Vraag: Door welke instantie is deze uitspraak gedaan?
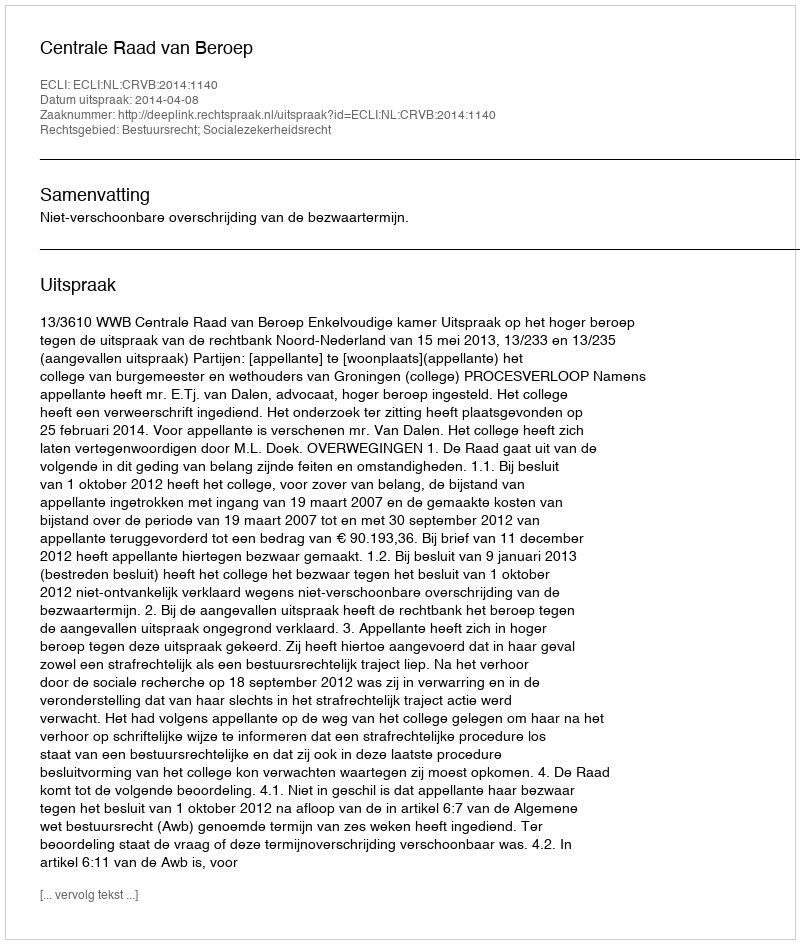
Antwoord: Centrale Raad van Beroep